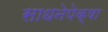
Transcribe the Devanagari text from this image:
साधनेपेक्षा